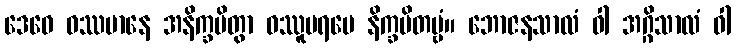
ဒေဝေ ဝဿမာနေ အနိက္ခမိတွာ ဝဿူပရမေ နိက္ခမိတဗ္ဗံ။ ဘောဇနသာလံ ဝါ အဂ္ဂိသာလံ ဝါ